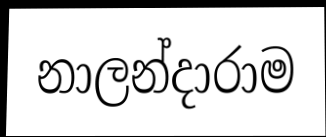
නාලන්දාරාම